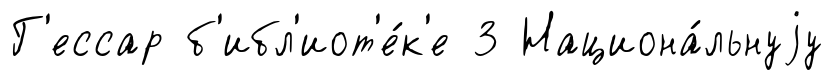
Г'ессар б'ибл'иот'е́к'е 3 Национа́льнуjу